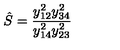
\hat { S } = { \frac { y _ { 1 2 } ^ { 2 } y _ { 3 4 } ^ { 2 } } { y _ { 1 4 } ^ { 2 } y _ { 2 3 } ^ { 2 } } }